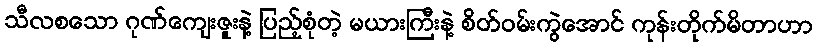
သီလစသော ဂုဏ်ကျေးဇူးနဲ့ ပြည့်စုံတဲ့ မယားကြီးနဲ့ စိတ်ဝမ်းကွဲအောင် ကုန်းတိုက်မိတာဟာ